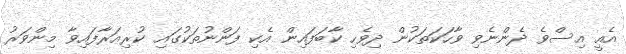
އެއީ އިސްވެ ދެންނެވި ވާހަކަތަކުން ދިވެހި ކާބަފައިން އެކި ފަންނުތަކުގައި ކުރިއަރާފައިވާ މިންވަރު